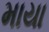
માયા